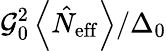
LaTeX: \mathcal{G}_{0}^{2}\left\langle\hat{N}_{\mathrm{eff}}\right\rangle/\Delta_{0}